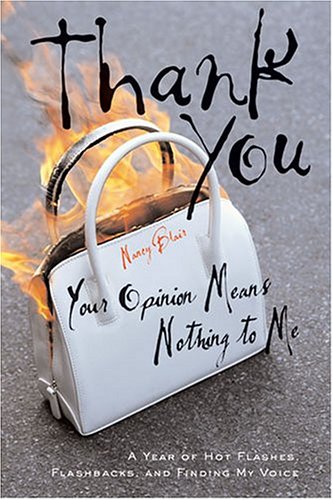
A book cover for Thank You, Your Opinion Means Nothing to Me: A Year of Hot Flashes, Flashbacks, and Finding My Voice; Nancy Blair; Health, Fitness & Dieting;